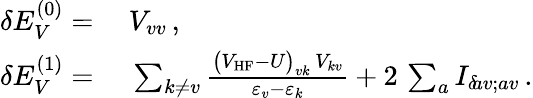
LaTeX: \begin{array}{rl}{\delta E_{V}^{(0)}=}&{{}\ V_{vv}\, ,}\\ {\delta E_{V}^{(1)}=}&{{}\ \sum_{k\neq v}\frac{\big(V_{\mathrm{HF}}-U\big)_{vk}\, V_{kv}}{\varepsilon_{v}-\varepsilon_{k}}+2\, \sum_{a}I_{\delta\! av;av}\, .}\end{array}